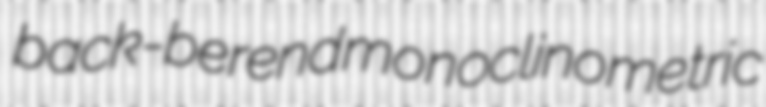
back-berend monoclinometric